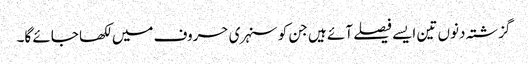
گزشتہ دنوں تین ایسے فیصلے آئے ہیں جن کو سنہری حروف میں لکھا جائے گا۔